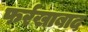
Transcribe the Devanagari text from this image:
फर्रखाबाद